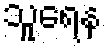
သူရေန